King Institute of Preventive Medicine Micro-Biological Section reports 1912-19
Year: 1912
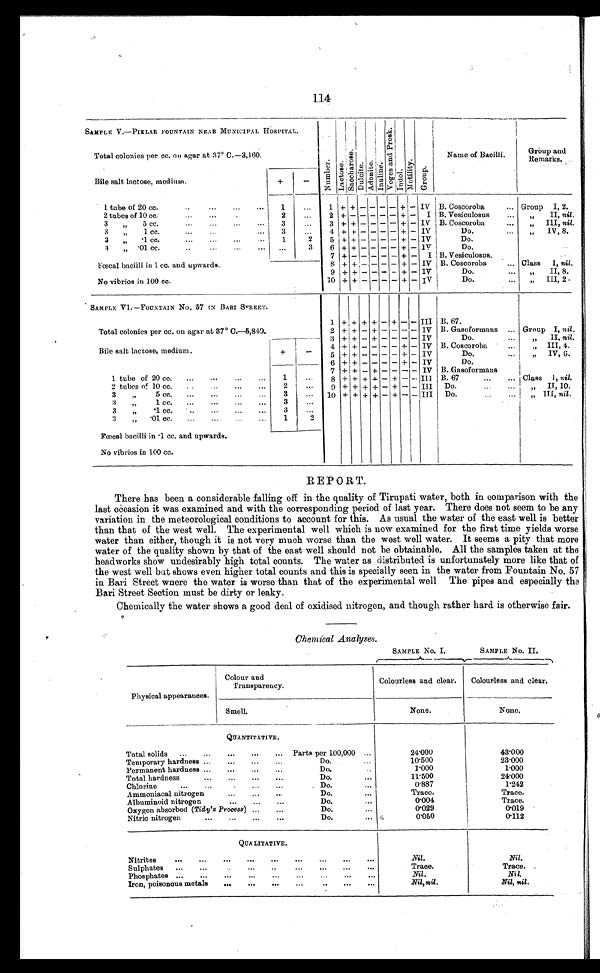
114
SAMPLE V.—PIKLAR FOUNTAIN NEAR MUNICIPAL HOSPITAL.
Number .
Lact ose.Sa c c ha r os e . Du l c i t e .
A d o n i t e . Inuline.
V o g e s a n d P r o s k .
Indol.
Mot i l i t y. Group.
Name of Bacilli.
Group and
Remarks.
Total colonies per cc. on agar at 37º C.—3,160.
Bile salt lactose, medium.
+
-
1 tube of 20 cc. ... ... ...
1
...
1
+
+ -
-
- - + - IV B. Coscoroba
... Group I, 2.
2 tubes of 10 cc.
2
...
2 + - - - - - + - I B. Vesiculosus
...
" II, nil.
3
"
5 cc.
3
...
3 + + - - - - + - IV B. Coscoroba
...
"
III, nil.
3
"
1 cc. ...
3
...
4 + + - - - - + - IV
D o .
" I V, 8.
3
"
.1 cc.
...
.
.
1
2
5 + + - - - - + - IV
D o .
3
"
.01 cc. . ...
. . .
3
6 + + - - - - + - IV
D o .
7 + - - - - - + -
I B. Vesiculosus.
8
+ + - - - - + - IV B. Coscoroba
... Class
I, nil.
Fœ
cal bacilli in 1 cc. and upwards.
9 + + - - - - + - IV
D o .
" II, 8.
No vibrios in 100 cc.
10 + + - - - - + - IV
Do.
...
"
III, 2.
SAMPLE V1.—FOUNTAIN No. 57 IN BARI STREET.
1 + + + + - + - - III B. 67.
Total colonies per cc. on agar at 37° C.—5,840.
2 + + - + - - - - IV B. Gasoformans ... Group I, nil.
3 + + - + - - - - IV
D o .
" II, nil.
Bile salt lactose, medium.
+
-
4 + + - - - - + - IV B. Coscoroba
...
" III, 4.
5 + + - - - - + - IV
Do.
...
„" IV, 6.
6 + + - - - - + - IV
D o .
1 tube of 20 cc.
...
...
1
...
7 + + - + - - - - IV B. Gasoformans
8 + + + + - + - - III B. 67
...
... Class I, nil.
2 tubes of 10 cc. ... ...
2
. . . 9 + + + + - + - - III Do. ... ...
"
II, 10.
3 "
5 cc. ... ... ... ...
3
. . . 10 + + + + - + - - III
Do.
...
.
"
III, nil.
3
"
1 cc. ... ...
3
...
3
"
.1 cc.
..
...
...
...
3
...
3 "
.01 cc. ... ... ... .
1
2
Fœcal bacilli in .1 cc. and upwards.
No vibrios in 100 cc.
REPORT.
There has been a considerable falling off in the quality of Tirupati water, both in comparison with the
last occasion it was examined and with the corresponding period of last year. There does not seem to be any
variation in the meteorological conditions to account for this. As usual the water of the east well is better
than that of the west well. The experimental well which is now examined for the first time yields worse
water than either, though it is not very much worse than the west well water. It seems a pity that more
water of the quality shown by that of the east well should not be obtainable. All the samples taken at the
headworks show undesirably high total counts. The water as distributed is unfortunately more like that of
the west well but shows even higher total counts and this is specially seen in the water from Fountain No. 57
in Bari Street where the water is worse than that of the experimental well. The pipes and especially the
Bari Street Section must be dirty or leaky.
Chemically the water shows a good deal of oxidised nitrogen, and though rather hard is otherwise fair.
Chemical Analyses.
SAMPLE NO. I.
SAMPLE NO. II.
Physical appearances.
Colour and
T r a n s p a r e n c y .
Colourless and clear.
Colourless and clear.
Smell.
None.
None.
QUANTITATIVE.
Total solids
...
...
...
... Parts per 100,000 ...
24.000
43.000
Temporary hardness ...
..
...
...
D o .
10.500
23.000
Permanent hardness . . .
. ..
...
D o .
1.000
1.000
Total hardness ...
D o .
...
...
...
11.500
24.000
Chlorine
....
.
...
...
...
D o .
0.887
1.242
Ammoniacal nitrogen...
...
... Do. ...
T r a c e .
T r a c e .
Albuminoid nitrogen...
...
. . . D o .
0.004
T r a c e .
Oxygen absorbed (Tidy's Process) ...
...
Do. ... 0.029
0.019
Nitric nitrogen
.
...
...
Do. ...
0.050
0.112
Q U A L I T A T I V E .
Nitrites
...
...
...
Nil.
Nil.
Sulphates
...
...
..
...
..
..
...
..
T r a c e .
T r a c e .
Phosphates ...
...
...
...
...
...
..
...
N i l .
Nil.
Iron, poisonous metals
...
...
...
.....
...
...
Nil,
nil.
N i l , n i l .